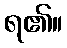
ရ၏။